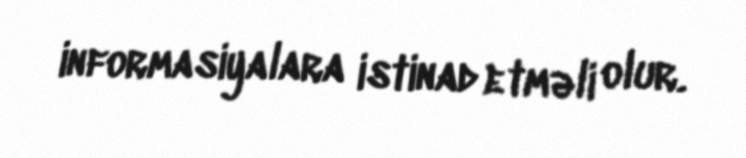
informasiyalara istinad etməli olur.